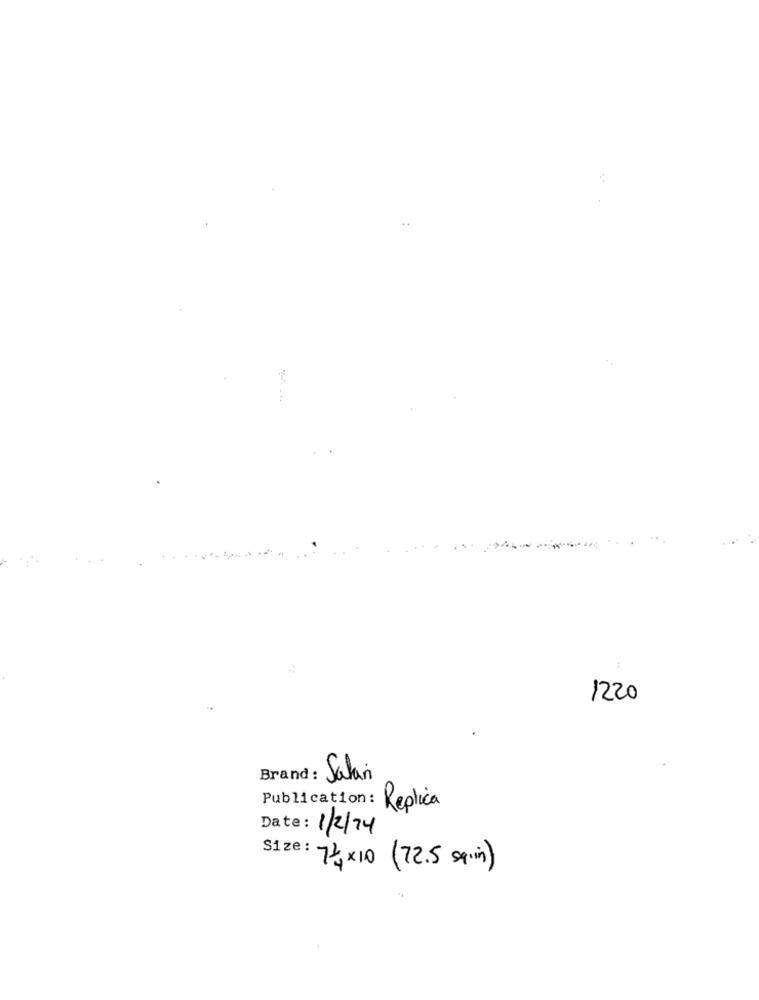
1220
Brand
Salar
Publication: Replica
Date: 1/2/14
Size :
74×10 (72.5 sq.i)